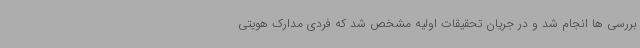
بررسی ها انجام شد و در جریان تحقیقات اولیه مشخص شد که فردی مدارک هویتی